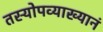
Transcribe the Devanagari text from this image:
तस्योपव्याख्यानं